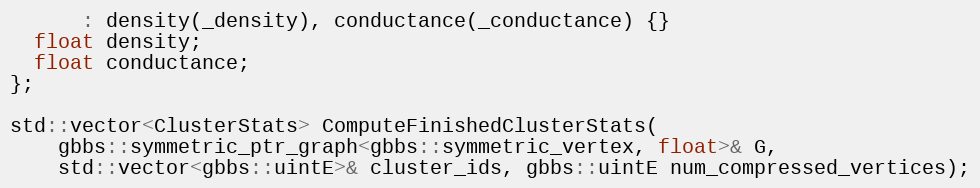
Language: C
      : density(_density), conductance(_conductance) {}
  float density;
  float conductance;
};

std::vector<ClusterStats> ComputeFinishedClusterStats(
    gbbs::symmetric_ptr_graph<gbbs::symmetric_vertex, float>& G,
    std::vector<gbbs::uintE>& cluster_ids, gbbs::uintE num_compressed_vertices);